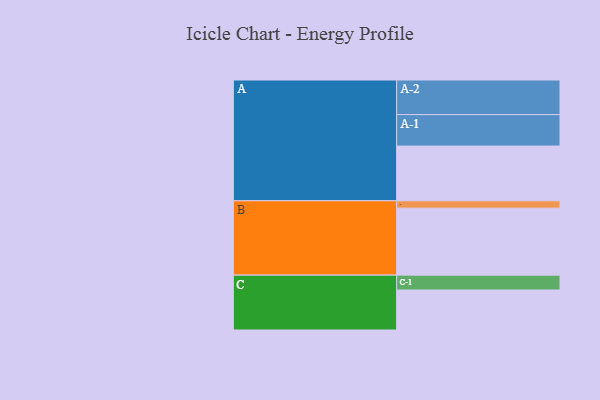
{"axis": {"x": "Segment", "y": "Value"}, "legend": ["", "A", "B", "C"], "data": [{"x": "A", "y": 416, "type": ""}, {"x": "B", "y": 509, "type": ""}, {"x": "C", "y": 304, "type": ""}, {"x": "A-1", "y": 239, "type": "A"}, {"x": "A-2", "y": 263, "type": "A"}, {"x": "B-1", "y": 56, "type": "B"}, {"x": "C-1", "y": 113, "type": "C"}]}